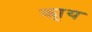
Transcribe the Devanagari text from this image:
का्य